Rangoon Lunatic Asylum 1893-1897 - 1893-1897
Year: 1893
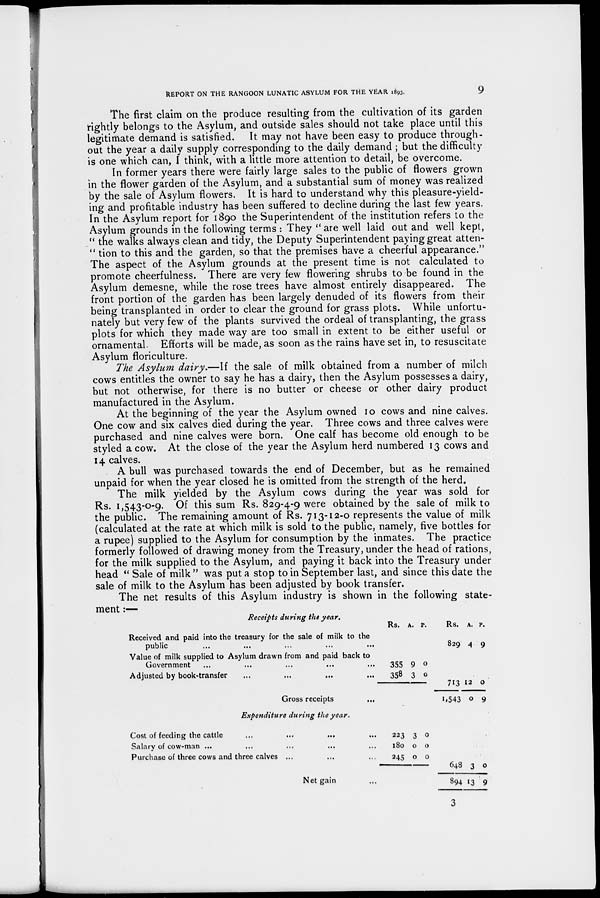
REPORT ON THE RANGOON LUNATIC ASYLUM FOR THE YEAR 1893.
9
The first claim on the produce resulting from the cultivation of its garden
rightly belongs to the Asylum, and outside sales should not take place until this
legitimate demand is satisfied. It may not have been easy to produce through-
out the year a daily supply corresponding to the daily demand ; but the difficulty
is one which can, I think, with a little more attention to detail, be overcome.
In former years there were fairly large sales to the public of flowers grown
in the flower garden of the Asylum, and a substantial sum of money was realized
by the sale of Asylum flowers. It is hard to understand why this pleasure-yield-
ing and profitable industry has been suffered to decline during the last few years.
In the Asylum report for 1890 the Superintendent of the institution refers to the
Asylum grounds in the following terms : They " are well laid out and well kept,
" the walks always clean and tidy, the Deputy Superintendent paying great atten-
" tion to this and the garden, so that the premises have a cheerful appearance."
The aspect of the Asylum grounds at the present time is not calculated to
promote cheerfulness. There are very few flowering shrubs to be found in the
Asylum demesne, while the rose trees have almost entirely disappeared. The
front portion of the garden has been largely denuded of its flowers from their
being transplanted in order to clear the ground for grass plots. While unfortu-
nately but very few of the plants survived the ordeal of transplanting, the grass
plots for which they made way are too small in extent to be either useful or
ornamental. Efforts will be made, as soon as the rains have set in, to resuscitate
Asylum floriculture.
The Asylum dairy.—If the sale of milk obtained from a number of milch
cows entitles the owner to say he has a dairy, then the Asylum possesses a dairy,
but not otherwise, for there is no butter or cheese or other dairy product
manufactured in the Asylum.
At the beginning of the year the Asylum owned 10 cows and nine calves.
One cow and six calves died during the year. Three cows and three calves were
purchased and nine calves were born. One calf has become old enough to be
styled a cow. At the close of the year the Asylum herd numbered 13 cows and
14 calves.
A bull was purchased towards the end of December, but as he remained
unpaid for when the year closed he is omitted from the strength of the herd.
The milk yielded by the Asylum cows during the year was sold for
Rs. 1,543-0-9. Of this sum Rs. 829-4-9 were obtained by the sale of milk to
the public. The remaining amount of Rs. 713-12-0 represents the value of milk
(calculated at the rate at which milk is sold to the public, namely, five bottles for
a rupee) supplied to the Asylum for consumption by the inmates. The practice
formerly followed of drawing money from the Treasury, under the head of rations,
for the milk supplied to the Asylum, and paying it back into the Treasury under
head " Sale of milk " was put a stop to in September last, and since this date the
sale of milk to the Asylum has been adjusted by book transfer.
The net results of this Asylum industry is shown in the following state-
ment :—
Receipts during the year.
Received and paid into the treasury for the sale of milk to the
public
Value of milk supplied to Asylum drawn from and paid back to
Government
Adjusted by book-transfer
Gross receipts
Rs. A.
355
358
9
3
p.
0
0
Rs.
829
713
1,543
A.
4
12
0
p.
9
0
9
Expenditure during the year.
Cost of feeding the cattle ... ... ... ...
Salary of cow-man ... ... ... ...
Purchase of three cows and three calves ... ... ...
Net gain ...
223
180
245
3
0
0
0
0
0
648
894
3
13
0
9
3